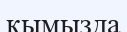
қымызда